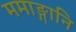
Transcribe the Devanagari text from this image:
ममाङ्गानि